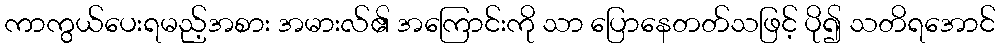
ကာကွယ်ပေးရမည့်အစား အမားလ်၏ အကြောင်းကို သာ ပြောနေတတ်သဖြင့် ပို၍ သတိရအောင်